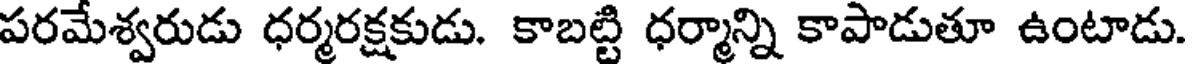
పరమేశ్వరుడు ధర్మరక్షకుడు. కాబట్టి ధర్మాన్ని కాపాడుతూ ఉంటాడు.